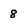
Character: 8